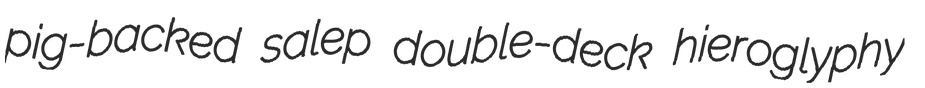
pig-backed salep double-deck hieroglyphy